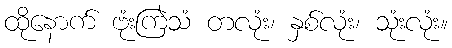
ထိုနောက် ဗုံးကြဲသံ တလုံး၊ နှစ်လုံး၊ သုံးလုံး။